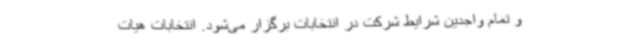
و تمام واجدین شرایط شرکت در انتخابات برگزار می‌شود. انتخابات هیات